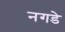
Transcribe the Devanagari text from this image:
नगडे